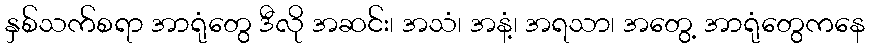
နှစ်သက်စရာ အာရုံတွေ ဒီလို အဆင်း၊ အသံ၊ အနံ့၊ အရသာ၊ အတွေ့ အာရုံတွေကနေ